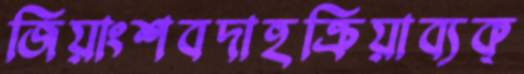
জিয়াংশবদাহক্রিয়াব্যক্